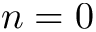
n = 0